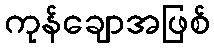
ကုန်ချောအဖြစ်